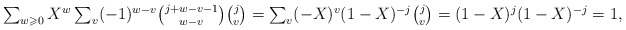
\begin{align*}\textstyle \sum_{w \geqslant 0} X^w \sum_v (-1)^{w-v} {j+w-v-1\choose w-v} {j \choose v} & \textstyle = \sum_v (-X)^{v} (1-X)^{-j} {j \choose v} = (1-X)^j (1-X)^{-j} = 1,\end{align*}